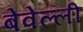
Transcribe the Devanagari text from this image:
बेवेल्ली